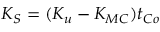
K _ { S } = ( K _ { u } - K _ { M C } ) t _ { C o }